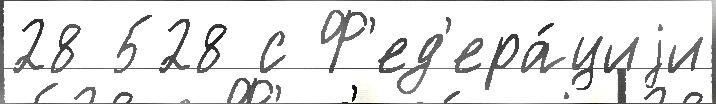
28 528 с Ф'ед'ера́циjи